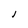
Character: l